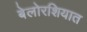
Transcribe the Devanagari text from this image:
बेलोरशियात